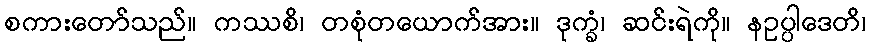
စကားတော်သည်။ ကဿစိ၊ တစုံတယောက်အား။ ဒုက္ခံ၊ ဆင်းရဲကို။ နဥပ္ပါဒေတိ၊